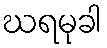
ဃရမုခါ